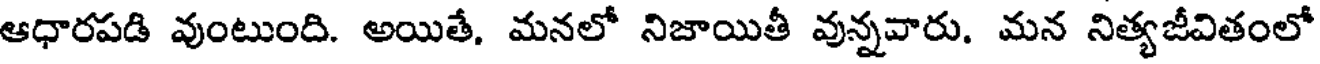
ఆధారపడి వుంటుంది. అయితే. మనలో నిజాయితీ వున్నవారు. మన నిత్యజీవితంలో